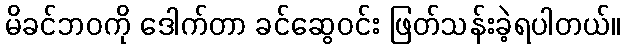
မိခင်ဘဝကို ဒေါက်တာ ခင်ဆွေဝင်း ဖြတ်သန်းခဲ့ရပါတယ်။